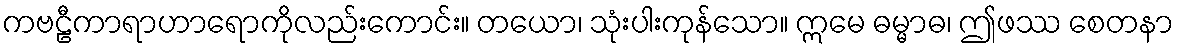
ကဗဠီကာရာဟာရောကိုလည်းကောင်း။ တယော၊ သုံးပါးကုန်သော။ ဣမေ ဓမ္မာဓ၊ ဤဖဿ စေတနာ